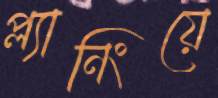
প্ল্যানিংয়ে